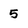
Character: 5